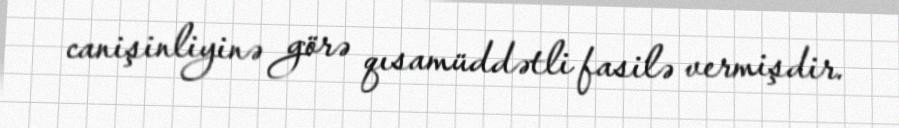
canişinliyinə görə qısamüddətli fasilə vermişdir.